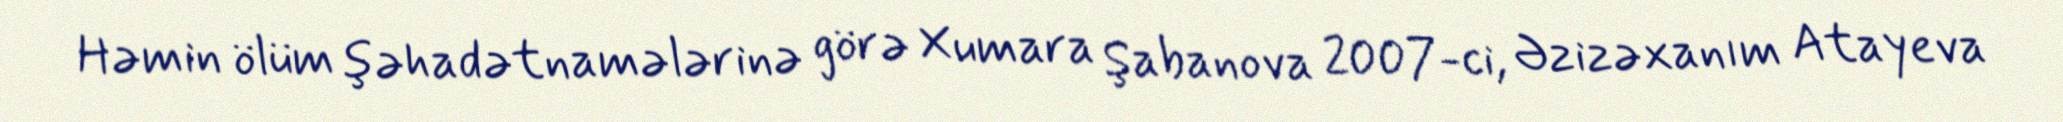
Həmin ölüm şəhadətnamələrinə görə Xumara Şabanova 2007-ci, Əzizəxanım Atayeva